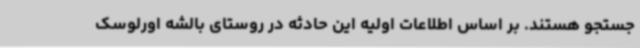
جستجو هستند. بر اساس اطلاعات اولیه این حادثه در روستای بالشه اورلوسک